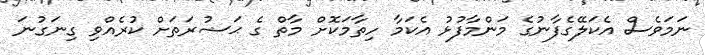
ނަަމަވެސް އެކަލޭގެފާނުގެ މަންމާފުޅު އެކަމާ ހިތާމަކޮށް މާތް ގެ ޙަޟުރަތަށް ކުރެއްވި ގިނަގުނަ